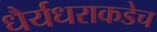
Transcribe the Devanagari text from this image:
धैर्यधराकडेच